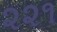
૨૨૧